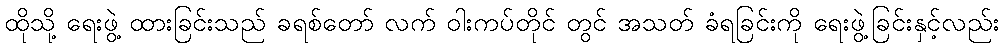
ထိုသို့ ရေးဖွဲ့ ထားခြင်းသည် ခရစ်တော် လက် ဝါးကပ်တိုင် တွင် အသတ် ခံရခြင်းကို ရေးဖွဲ့ခြင်းနှင့်လည်း